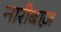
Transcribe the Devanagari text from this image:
नारीबाज़